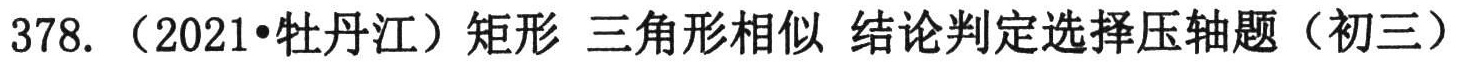
378. （2021•牡丹江）矩形 三角形相似 结论判定选择压轴题（初三）